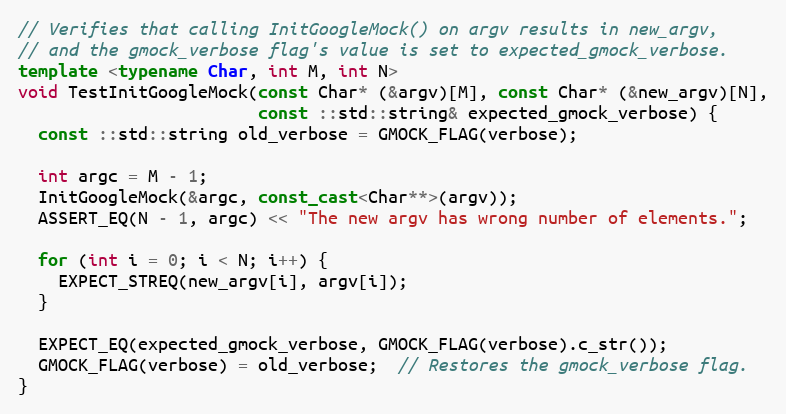
Language: C++
// Verifies that calling InitGoogleMock() on argv results in new_argv,
// and the gmock_verbose flag's value is set to expected_gmock_verbose.
template <typename Char, int M, int N>
void TestInitGoogleMock(const Char* (&argv)[M], const Char* (&new_argv)[N],
                        const ::std::string& expected_gmock_verbose) {
  const ::std::string old_verbose = GMOCK_FLAG(verbose);

  int argc = M - 1;
  InitGoogleMock(&argc, const_cast<Char**>(argv));
  ASSERT_EQ(N - 1, argc) << "The new argv has wrong number of elements.";

  for (int i = 0; i < N; i++) {
    EXPECT_STREQ(new_argv[i], argv[i]);
  }

  EXPECT_EQ(expected_gmock_verbose, GMOCK_FLAG(verbose).c_str());
  GMOCK_FLAG(verbose) = old_verbose;  // Restores the gmock_verbose flag.
}